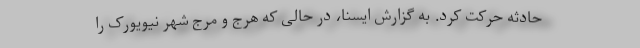
حادثه حرکت کرد. به گزارش ایسنا، در حالی که هرج و مرج شهر نیویورک را